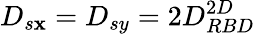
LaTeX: D_{s\mathbf{x}}=D_{sy}=2D_{RBD}^{2D}